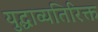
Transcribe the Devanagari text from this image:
युद्धाव्यतिरिक्त